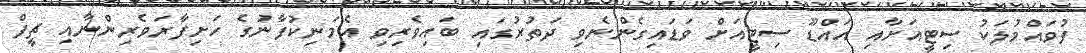
ފުވައްމުލަކު ސިޓީއަށާއި އައްޑޫ ސިޓީއަށް ވަޑައިގެންނެވި ދަތުރުގައި ބައިވެރިވި އެމަނިކުފާނުގެ ހަށިފާރަވެރިންނާއި ޗީފް